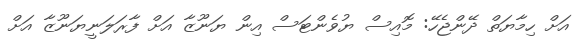
އަށް ހިމާޔަތް ދޭންޖެހޭ: މޮއިސް ޔުވެންޓަސް އިން ޔަނޫޒާ އަށް ފާރަލަނީޔަނޫޒާ އަށް